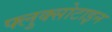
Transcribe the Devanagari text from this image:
फ्लुक्सोटाइन